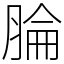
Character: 腀